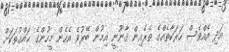
އަދި އެއްވެސް ހަރަކާތެއްގެ ތެރެއިން ޤާނޫނީ އިމުން ބޭރުވެ އެހެން މީހުންގެ ޙައްޤުތަކަށް